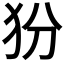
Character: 𰠿